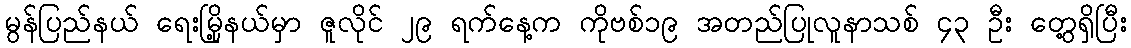
မွန်ပြည်နယ် ရေးမြို့နယ်မှာ ဇူလိုင် ၂၉ ရက်နေ့က ကိုဗစ်၁၉ အတည်ပြုလူနာသစ် ၄၃ ဦး တွေ့ရှိပြီး